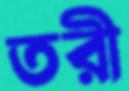
তরী